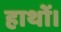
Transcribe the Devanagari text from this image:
हाथों।